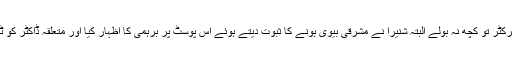
اس پوسٹ پر لیجنڈ کرکٹر تو کچھ نہ بولے البتہ شنیرا نے مشرقی بیوی ہونے کا ثبوت دیتے ہوئے اس پوسٹ پر برہمی کا اظہار کیا اور متعلقہ ڈاکٹر کو ٹھیک ٹھاک سنا ڈالیں۔